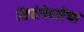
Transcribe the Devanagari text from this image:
डिटोनेटर्सचा